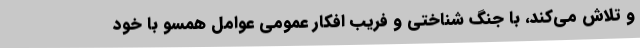
و تلاش می‌کند، با جنگ شناختی و فریب افکار عمومی عوامل همسو با خود